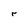
Character: r